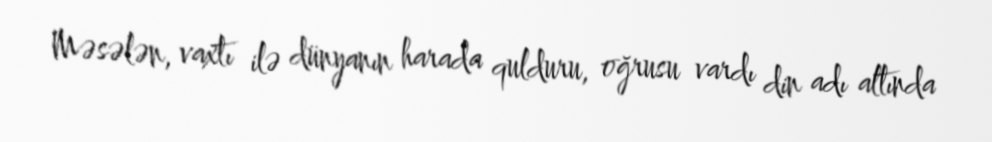
Məsələn, vaxtı ilə dünyanın harada qulduru, oğrusu vardı din adı altında